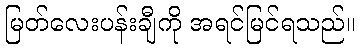
မြတ်လေးပန်းချီကို အရင်မြင်ရသည်။